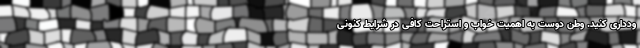
ودداری کنید. وطن دوست به اهمیت خواب و استراحت کافی در شرایط کنونی